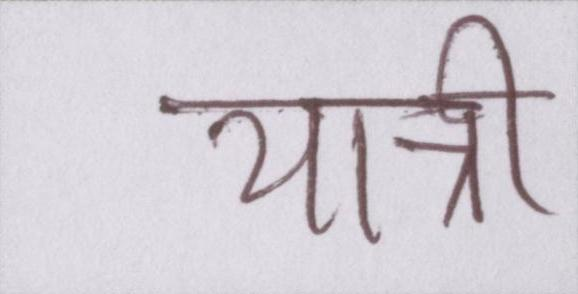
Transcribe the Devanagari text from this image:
यात्री